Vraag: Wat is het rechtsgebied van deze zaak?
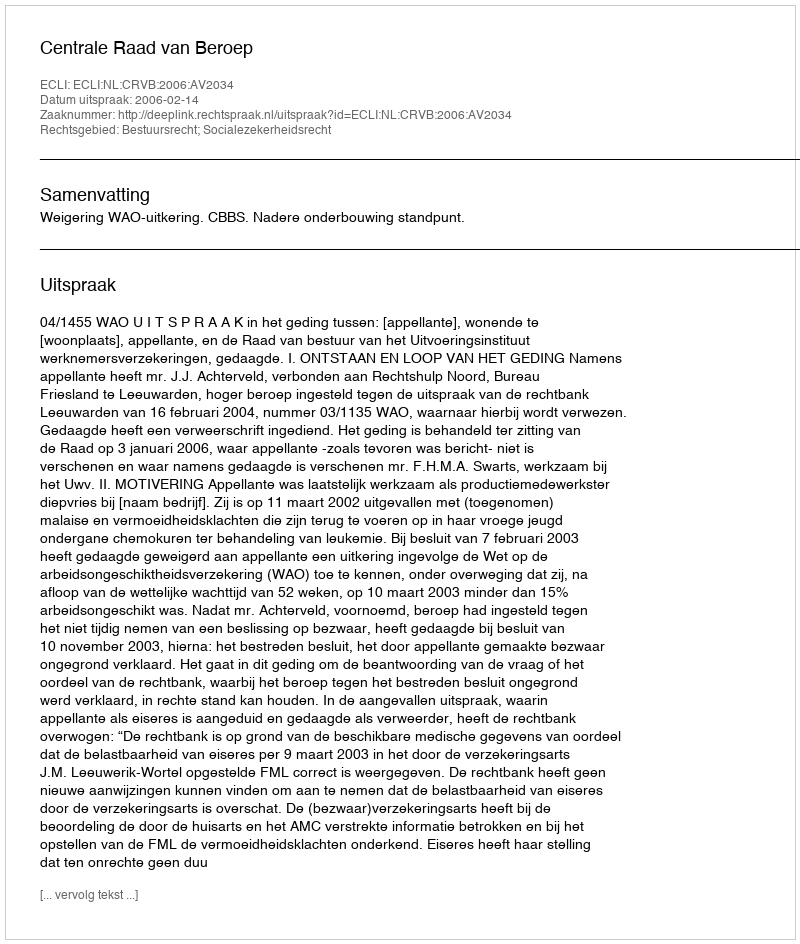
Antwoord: Bestuursrecht; Socialezekerheidsrecht